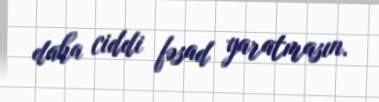
daha ciddi fəsad yaratmasın.